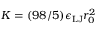
K = ( 9 8 / 5 ) \epsilon _ { \mathrm { L J } } r _ { 0 } ^ { 2 }